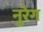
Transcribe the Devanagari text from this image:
नुरेग